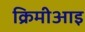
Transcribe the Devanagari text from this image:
क्रिमीआइ